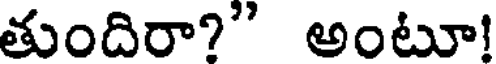
తుందిరా?" అంటూ!